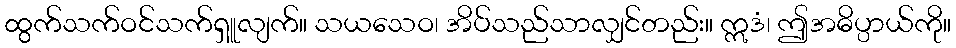
ထွက်သက်ဝင်သက်ရှူလျက်။ သယသေဝ၊ အိပ်သည်သာလျှင်တည်း။ ဣဒံ၊ ဤအဓိပ္ပာယ်ကို။